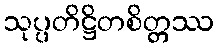
သုပ္ပတိဋ္ဌိတစိတ္တဿ